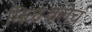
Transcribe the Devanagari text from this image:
मिळवलेच